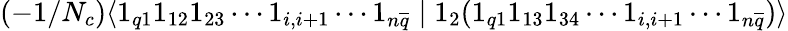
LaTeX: (-1/N_{c})\langle 1_{q1}1_{12}1_{23}\cdots 1_{i,i+1}\cdots 1_{n\overline{{{q}}}}\mid 1_{2}(1_{q1}1_{13}1_{34}\cdots 1_{i,i+1}\cdots 1_{n\overline{{{q}}}})\rangle